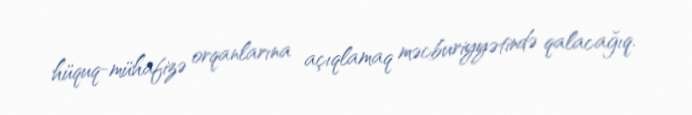
hüquq-mühafizə orqanlarına açıqlamaq məcburiyyətində qalacağıq.